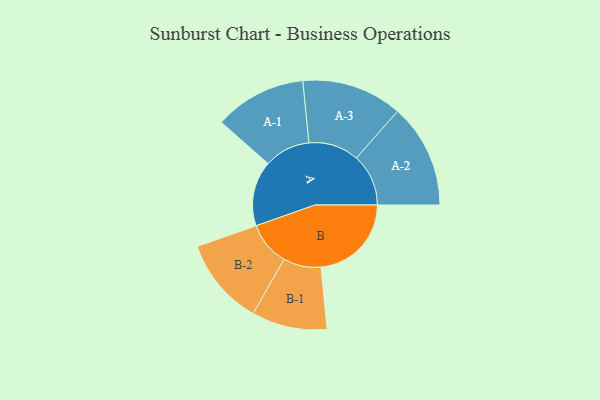
{"axis": {"x": "Segment", "y": "Value"}, "legend": ["", "A", "B"], "data": [{"x": "A", "y": 299, "type": ""}, {"x": "B", "y": 415, "type": ""}, {"x": "A-1", "y": 211, "type": "A"}, {"x": "A-2", "y": 239, "type": "A"}, {"x": "A-3", "y": 231, "type": "A"}, {"x": "B-1", "y": 173, "type": "B"}, {"x": "B-2", "y": 201, "type": "B"}]}